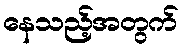
နေသည့်အတွက်